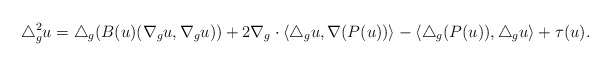
\begin{align*}\triangle_g^2 u= \triangle_g( B(u)(\nabla_g u, \nabla_g u)) +2 \nabla_g \cdot \langle \triangle_g u, \nabla(P(u))\rangle -\langle \triangle_g (P(u)),\triangle_g u \rangle+\tau(u).\end{align*}